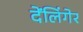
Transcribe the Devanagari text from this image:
देंलिंगेर